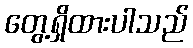
တွေ့ရှိထားပါသည်